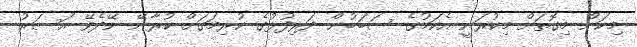
މިކަން މިގޮތަށް މިކުރަނީ އެކަމުގެ ސަބަބުން ދަރިފުޅުގެ ކުރިމަގަށް ކުރާނޭ ނޭދެވޭ އަސަރު